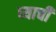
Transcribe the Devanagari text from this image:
घ्याची